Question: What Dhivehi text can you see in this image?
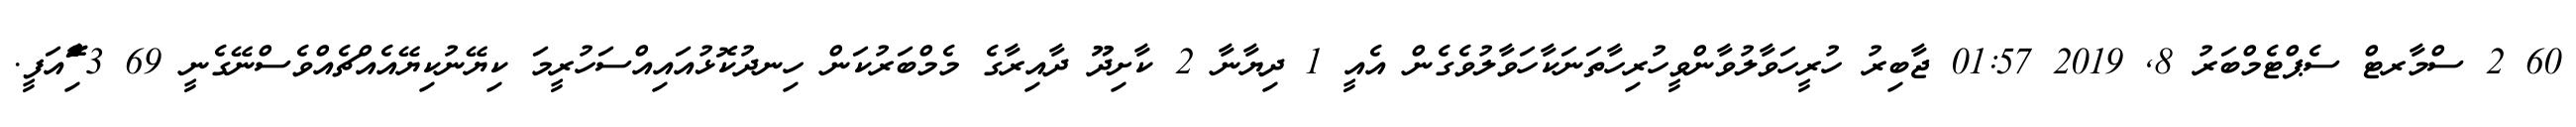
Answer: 60 2 ސްމާރޓް ސެޕްޓެމްބަރު 8, 2019 01:57 ޖާބިރު ހުރީހަވާލުވާންވީހުރިހާތަނަކާހަވާލުވެގެން އެއީ 1 ދިޔާނާ 2 ކާށިދޫ ދާއިރާގެ މެމްބަރުކަން ހިނދުކޮޅުއައިއްސަހުރީމަ ކިޔޭނުކިޔޭއެއްޗެއްވެސްނޭގެނީ 69 3 ާަަަަަެެެޮޮިުއަފީ.